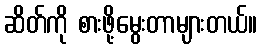
ဆိတ်ကို စားဖို့မွေးတာများတယ်။